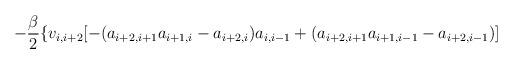
LaTeX: \begin{align*}-\frac{\beta }{2} \{ v_{i,i+2}[-(a_{i+2,i+1} a_{i+1,i}-a_{i+2,i}) a_{i,i-1}+(a_{i+2,i+1} a_{i+1,i-1}-a_{i+2,i-1})]\end{align*}